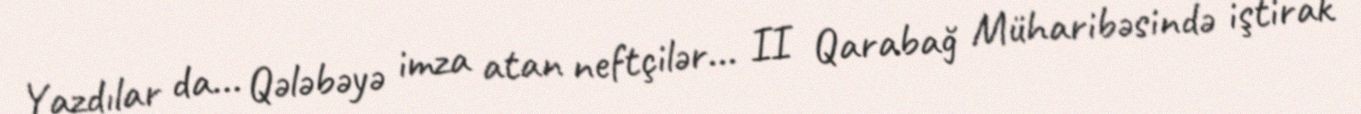
Yazdılar da... Qələbəyə imza atan neftçilər... II Qarabağ Müharibəsində iştirak